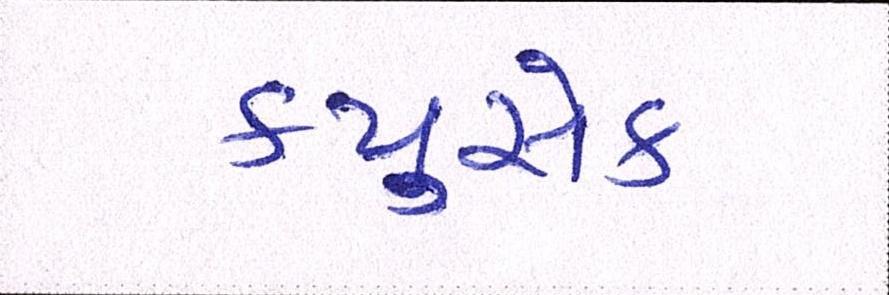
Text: ક્યુસેક